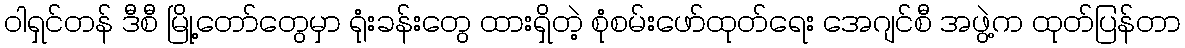
ဝါရှင်တန် ဒီစီ မြို့တော်တွေမှာ ရုံးခန်းတွေ ထားရှိတဲ့ စုံစမ်းဖော်ထုတ်ရေး အေဂျင်စီ အဖွဲ့က ထုတ်ပြန်တာ